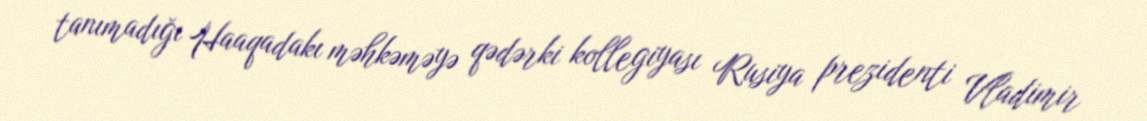
tanımadığı Haaqadakı məhkəməyə qədərki kollegiyası Rusiya prezidenti Vladimir